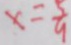
x = \frac { 5 } { 9 }